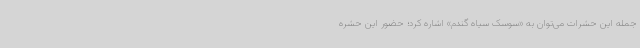
جمله این حشرات می‌توان به «سوسک سیاه گندم» اشاره کرد؛ حضور این حشره